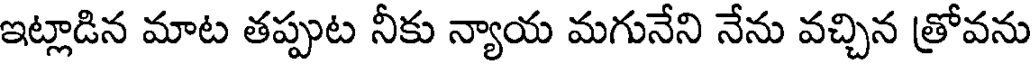
ఇట్లాడిన మాట తప్పుట నీకు న్యాయ మగునేని నేను వచ్చిన త్రోవను